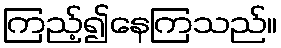
ကြည့်၍နေကြသည်။